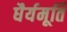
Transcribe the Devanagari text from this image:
धैर्यमूर्ति